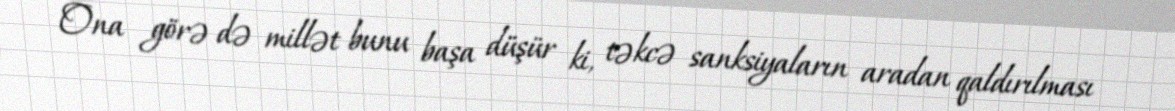
Ona görə də millət bunu başa düşür ki, təkcə sanksiyaların aradan qaldırılması